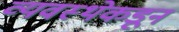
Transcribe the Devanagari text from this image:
व्यवस्थेकडून